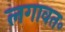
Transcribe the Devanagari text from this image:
लगावत॰